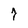
Character: 7